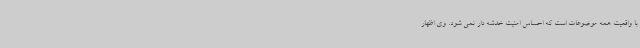
با واقعیت همه موضوعات است که احساس امنیت خدشه دار نمی شود. وی اظهار